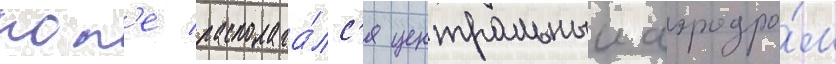
пол'е располага́лс'я центральныи аэродро́м